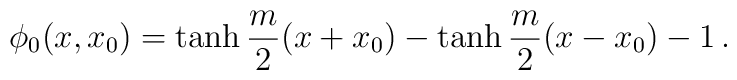
\phi_0(x,x_0) = \tanh\frac{m}{2}(x+x_0) -     \tanh\frac{m}{2}(x-x_0) - 1\, .